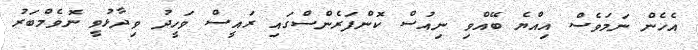
އެހެން ނަމަވެސް އިއްޔެ ބޭއްވި ނިއުސް ކޮންފަރެންސްގައި ރައީސް ވަހީދު ވިދާޅުވީ ނޮވެމްބަރު